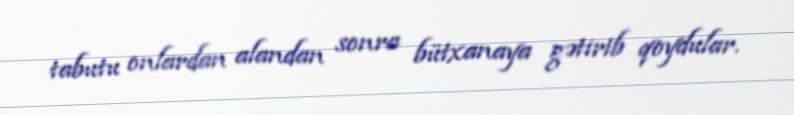
tabutu onlardan alandan sonra bütxanaya gətirib qoydular.